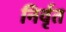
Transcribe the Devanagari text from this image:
निर्वृत